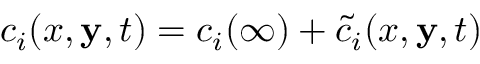
c _ { i } ( x , \mathbf { y } , t ) = c _ { i } ( \infty ) + \tilde { c } _ { i } ( x , \mathbf { y } , t )